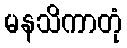
မနသိကာတုံ